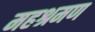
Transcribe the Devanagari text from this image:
महश्रमण